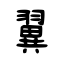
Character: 翼